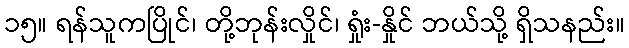
၁၅။ ရန်သူကပြိုင်၊ တို့ဘုန်းလှိုင်၊ ရှုံး-နှိုင် ဘယ်သို့ ရှိသနည်း။